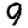
Digit: 9